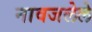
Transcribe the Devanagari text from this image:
नावजलेले